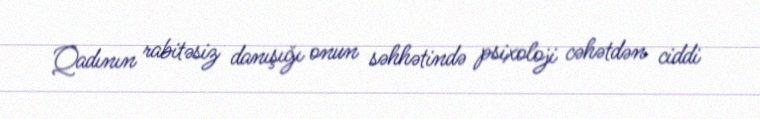
Qadının rabitəsiz danışığı onun səhhətində psixoloji cəhətdən ciddi